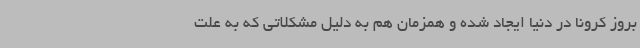
بروز کرونا در دنیا ایجاد شده و همزمان هم به دلیل مشکلاتی که به علت